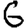
Digit: 6